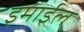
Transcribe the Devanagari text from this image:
इमाईल